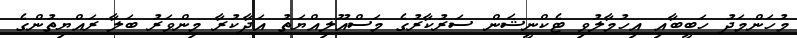
މުހަންމަދު ހަބީބާއި އިހުމާލުވި ޓެކްނީޝަން ސަރުކާރުގެ މަސްއޫލިއްޔަތު އަދާކުރާ މިންވަރު ބަލާ ރައްޔިތުންގެ